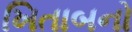
ખિતાબનો